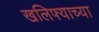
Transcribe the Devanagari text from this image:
खलिफ्याच्या